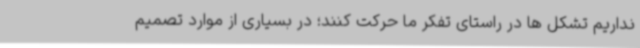
نداریم تشکل ها در راستای تفکر ما حرکت کنند؛ در بسیاری از موارد تصمیم